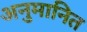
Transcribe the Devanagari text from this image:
अनुमानित